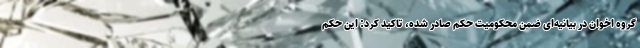
گروه اخوان در بیانیه‌ای ضمن محکومیت حکم صادر شده، تاکید کرد: این حکم